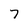
Character: 7